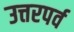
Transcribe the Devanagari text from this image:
उत्तरपर्व